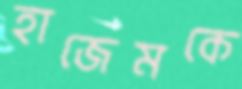
হাজেমকে